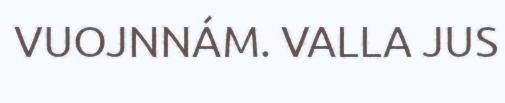
VUOJNNÁM. VALLA JUS